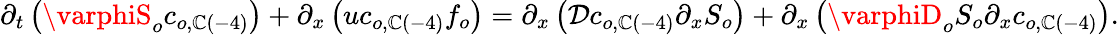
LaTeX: \partial_{t}\left(\varphiS_{o}c_{o,\mathbb{C}\left(-4\right)}\right)+\partial_{x}\left(uc_{o,\mathbb{C}\left(-4\right)}f_{o}\right)=\partial_{x}\left(\mathcal{{D}}c_{o,\mathbb{C}\left(-4\right)}\partial_{x}S_{o}\right)+\partial_{x}\left(\varphiD_{o}S_{o}\partial_{x}c_{o,\mathbb{C}\left(-4\right)}\right).